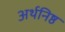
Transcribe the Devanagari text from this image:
अर्थनिष्ठ